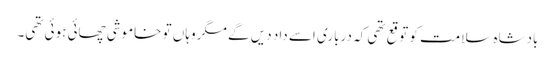
بادشاہ سلامت کو توقع تھی کہ درباری اسے داد دیں گے مگر وہاں تو خاموشی چھائی ہوئی تھی۔